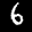
Label: 6